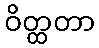
ဝိတ္ထတာ